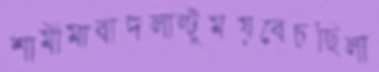
শামীমাবাদলাল্টুময়বেচছিলা